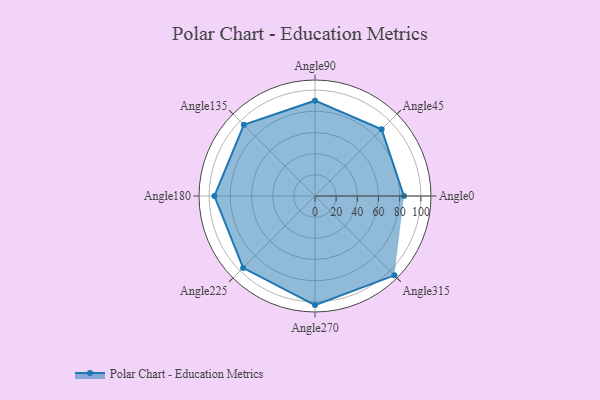
{"axis": {"x": "Angle", "y": "Radius"}, "legend": [""], "data": [{"x": "Angle0", "y": 84.0, "type": ""}, {"x": "Angle45", "y": 89.0, "type": ""}, {"x": "Angle90", "y": 90.0, "type": ""}, {"x": "Angle135", "y": 95.0, "type": ""}, {"x": "Angle180", "y": 95.0, "type": ""}, {"x": "Angle225", "y": 96.0, "type": ""}, {"x": "Angle270", "y": 103.0, "type": ""}, {"x": "Angle315", "y": 106.0, "type": ""}]}